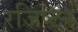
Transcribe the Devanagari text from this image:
रजिष्टर